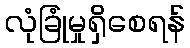
လုံခြုံမှုရှိစေရန်